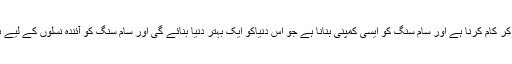
آخر میں ہم سب نے مل کر کام کرنا ہے اور سام سنگ کو ایسی کمپنی بنانا ہے جو اس دنیاکو ایک بہتر دنیا بنائے گی اور سام سنگ کو آئندہ نسلوں کے لیے بہترین کمپنی بنائے گی۔